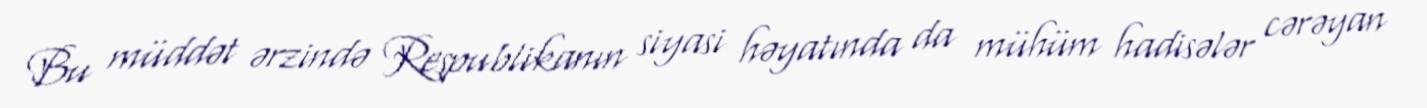
Bu müddət ərzində Respublikanın siyasi həyatında da mühüm hadisələr cərəyan